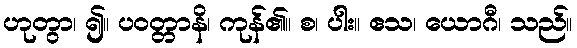
ဟုတွာ၊ ၍။ ပဝတ္တာနိ၊ ကုန်၏။ စ၊ ပါး။ ဧသ၊ ယောဂီ၊ သည်။